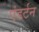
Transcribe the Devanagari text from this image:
एंडर्टन